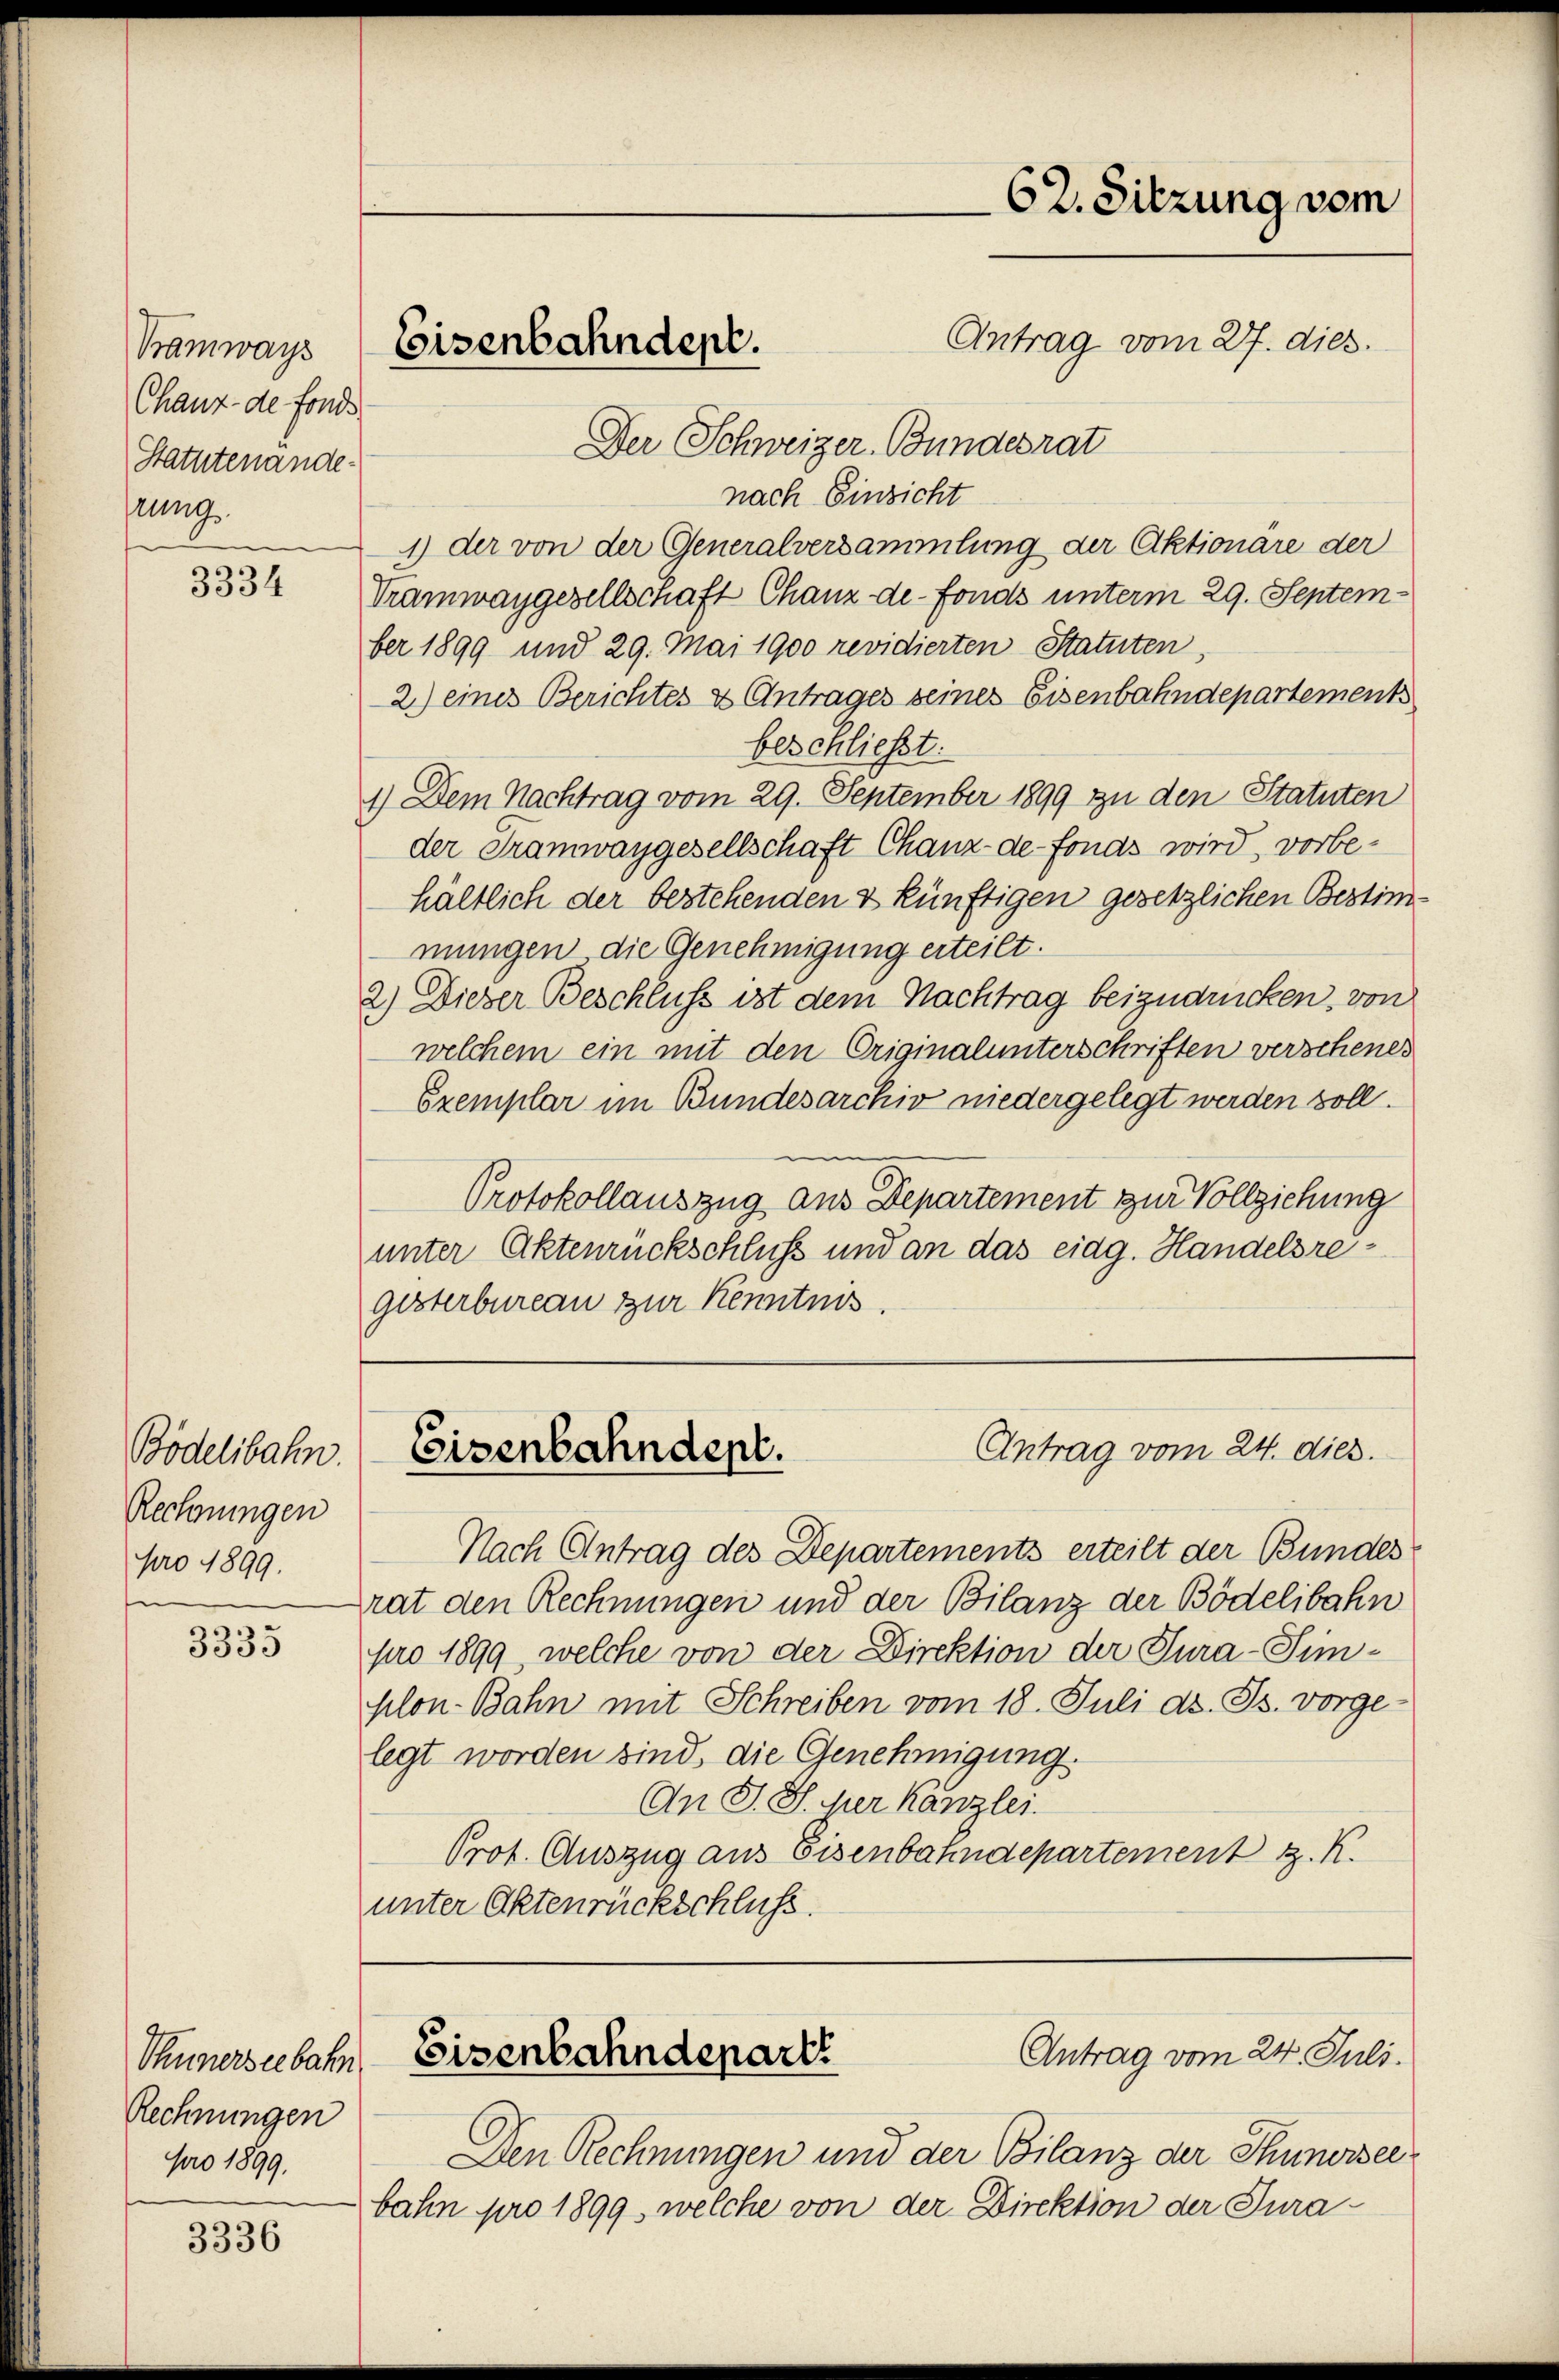
Tramways
Chauz- de fonds
Statutenande
rung

3334

Bödelibahn.
Rechnungen
pro 1899.

3335

Shinnerseebahn
Rechnungen
pro 1899.

3336

Der Schweizer, Bundesrat
nach Einsicht
1) der von der Generalversammlung der Aktionare der
Tramwaygesellschaft Chanz de-Fonds unterm 29. September 1899 und 29. Mai 1900 revidierten Statuten,
2.) eines Berichtes & Antrages seines Eisenbahndepartements
beschließt:
1) Dem Nachtrag vom 29. September 1899 zu den Statuten
der Tramwaygesellschaft Chanz-de-Fonds wird, vorbehältlich der bestehenden & künftigen gesetzlichen Bestimmungen die Genehmigung erteilt.
2.) Dieser Beschluss ist dem Nachtrag beizudrücken, von
welchem ein mit den Originalunterschriften verschenes
Exemplar im Bundesarchiv niedergelegt werden soll.
Protokollauszug aus Departement zur Vollziehung
unter Aktenrückschluss und an das eidg. Handelsregesterbureau zur Kenntnis.

Nach Antrag des Departements erteilt der Bundes
rat den Rechnungen und der Bilanz der Bödelibahn
pro 1899, welche von der Direktion der Tura-Simplon-Bahn mit Schreiben vom 18. Juli d. Js. vorge-
legt worden sind, die Genehmigung.
An J. J. her kanzlei.
Prot. Auszug aus Eisenbahndepartement z. K.
unter Aktenrückschluss.

Eisenbahndept.

62. Sitzung vom
Antrag vom 27. dies.

Antrag vom 24. dies
Eisenbahndept.

Antrag vom 24. Juli.
Eisenbahndepart

Den Rechnungen und der Bilanz der Thunersee
bahn pro 1899, welche von der Direktion der Jura¬